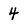
Character: 4